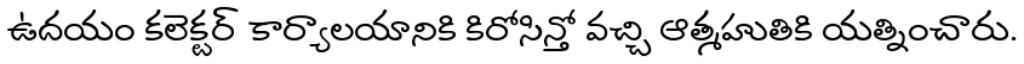
ఉదయం కలెక్టర్ కార్యాలయానికి కిరోసిన్తో వచ్చి ఆత్మహుతికి యత్నించారు.